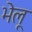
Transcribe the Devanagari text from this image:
भेलू